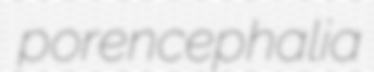
porencephalia